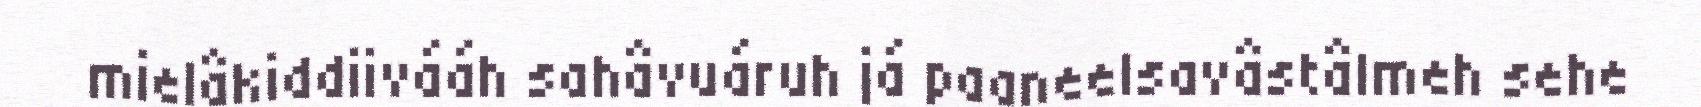
mielâkiddiivááh sahâvuáruh já paaneelsavâstâlmeh sehe